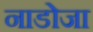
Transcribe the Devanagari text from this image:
नाडोजा